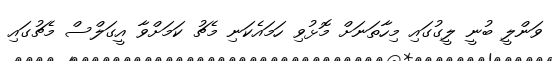
ވަންލީ ބުނީ ލީގުގައި މިހާތަނަށް މޮޅުވި ހަމައެކަނި މެޗު ކަމަށްވާ އީގަލްސް މެޗުގައި